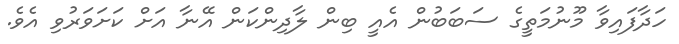
ހަދާފައިވާ މޫނުމަތީގެ ސަބަބުން އެއީ ބިން ލާދިންކަން އޭނާ އަށް ކަށަވަރުވި އެވެ.